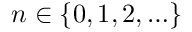
n \in \{ 0 , 1 , 2 , \ldots \}